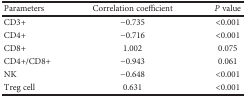
| Parameters | Correlation coefficient | P value |
 | --- | --- | --- |
 | CD3+ | −0.735 | <0.001 |
 | CD4+ | −0.716 | <0.001 |
 | CD8+ | 1.002 | 0.075 |
 | CD4+/CD8+ | −0.943 | 0.061 |
 | NK | −0.648 | <0.001 |
 | Treg cell | 0.631 | <0.001 |